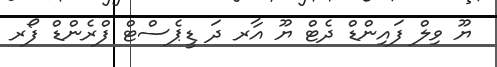
ޔޫ ވިލް ފައިންޑް ދެޓް ޔޫ އާރ ދަ ޑީޕެސްޓް ފްރެންޑް ފޯރ